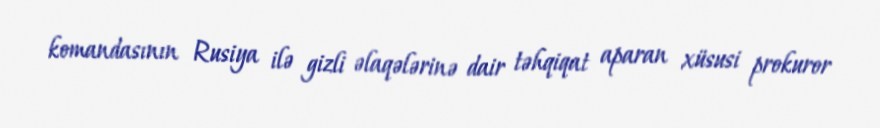
komandasının Rusiya ilə gizli əlaqələrinə dair təhqiqat aparan xüsusi prokuror